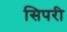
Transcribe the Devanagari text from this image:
सिपरी